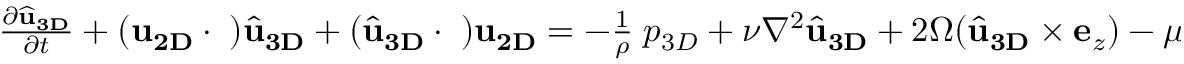
\begin{array} { r } { \frac { \partial \widehat { \bf u } _ { \bf 3 D } } { \partial t } + ( { \bf u } _ { \bf 2 D } \cdot { \bf \nabla } ) \widehat { \bf u } _ { \bf 3 D } + ( \widehat { \bf u } _ { \bf 3 D } \cdot { \bf \nabla } ) { \bf u } _ { \bf 2 D } = - \frac { 1 } { \rho } { \bf \nabla } p _ { 3 D } + \nu \nabla ^ { 2 } \widehat { \bf u } _ { \bf 3 D } + 2 \Omega ( \widehat { \bf u } _ { \bf 3 D } \times { \bf e } _ { z } ) - \mu \widehat { \bf u } _ { \bf 3 D } } \end{array}